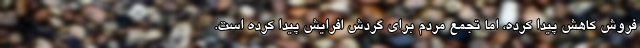
فروش کاهش پیدا کرده، اما تجمع مردم برای گردش افرایش پیدا کرده است.